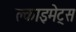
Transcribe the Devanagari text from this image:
क्लाइमेट्स